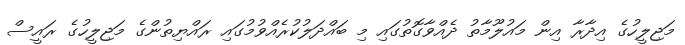
މަޖިލީހުގެ އިދާރާ އިން މައުލޫމާތު ދެއްވާގޮތުގައި މި ބައްދަލުކުރެއްވުމުގައި ރައްޔިތުންގެ މަޖިލީހުގެ ރައީސް